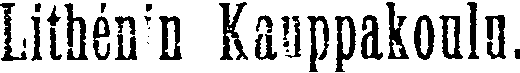
Lithénin Kauppakoulu.